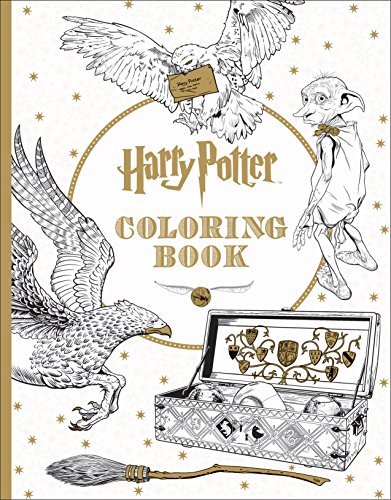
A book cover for Harry Potter Coloring Book; Scholastic; Children's Books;